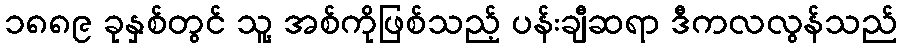
၁၈၈၉ ခုနှစ်တွင် သူ့ အစ်ကိုဖြစ်သည့် ပန်းချီဆရာ ဒီကလလွန်သည်